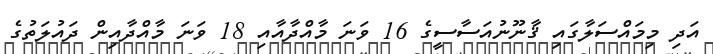
އަދި މިމައްސަލާގައި ޤާނޫނުއަސާސީގެ 16 ވަނަ މާއްދާއާއި 18 ވަނަ މާއްދާއިން ދައުލަތުގެ